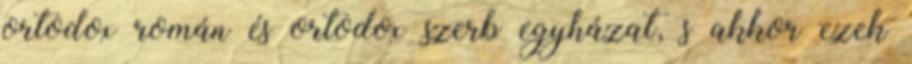
ortodox román és ortodox szerb egyházat, s akkor ezek